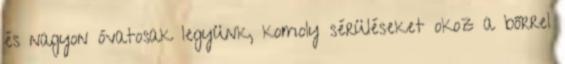
és nagyon óvatosak legyünk, komoly sérüléseket okoz a bőrrel